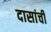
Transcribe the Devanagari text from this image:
दासांची